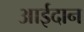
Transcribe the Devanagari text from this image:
आईदान